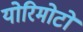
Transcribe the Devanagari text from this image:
योरिमोटो